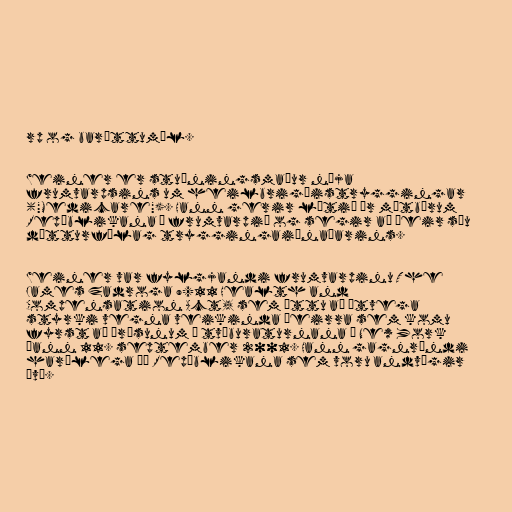
rp og baráttumál.

Weiner er stuðningsmaður nýja
frumvarpsins um heilbrigðistryggingar
("Medicare"). Hann gerir lítið úr mótbárum
Repúblikana á frumvarpið og segir að þeir séu
dótturfélag tryggingaiðnaðarins.

Weiner var fylgjandi frumvarpinu The
James Zadroga 9/11 Health and
Compensation Act, sem áttu að útvega
styrki vegna veikinda þeirra sem komu
fyrst að árásunum á tvíburaturnana í New York
þann 11. september 2001. Hann gagnrýndi
harðlega þá Repúblikana sem voru andvígir
því.